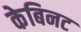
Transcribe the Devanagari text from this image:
केबिनट